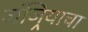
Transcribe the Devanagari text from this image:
जंजिर्‍याचा